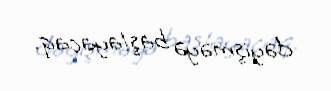
dəyişməyə başlayacaq.